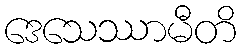
ဒေသေဿာမီတိ